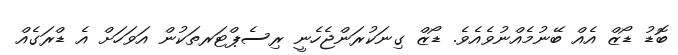
ބޮޑު ޑޯޒް އެއް ބޭނުމެއްނުވެއެވެ. ޑޯޒް ގިނަކުރަންޖެހެނީ ރިސެޕްޓަރތަކުން އަވަހަށް އެ ޑްރަގެއް